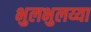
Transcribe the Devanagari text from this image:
भुलभुलय्या